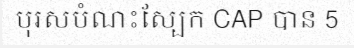
បុរសបំណះស្បែក CAP បាន 5